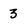
Character: 3